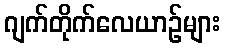
ဂျက်တိုက်လေယာဉ်များ